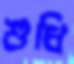
শুধি